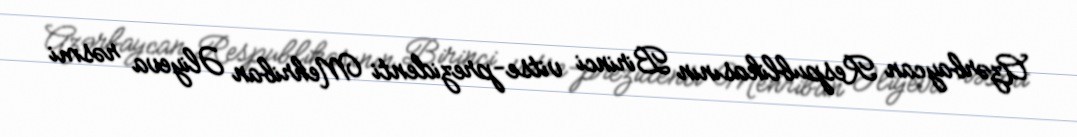
Azərbaycan Respublikasının Birinci vitse-prezidenti Mehriban Əliyeva rəsmi